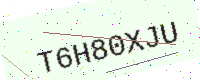
Text: T6H80XJU